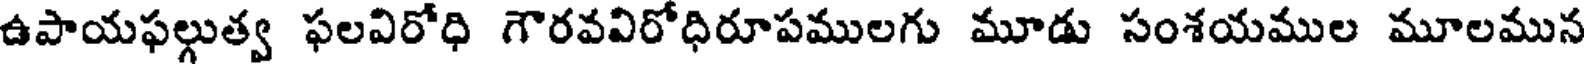
ఉపాయఫల్గుత్వ ఫలవిరోధి గౌరవవిరోధిరూపములగు మూడు సంశయముల మూలమున